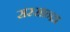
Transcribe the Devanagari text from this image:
सस्सान्द्रा